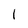
Character: 1